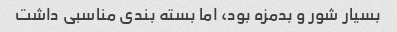
بسیار شور و بدمزه بود، اما بسته بندی مناسبی داشت